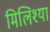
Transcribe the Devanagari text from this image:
मिलिश्या